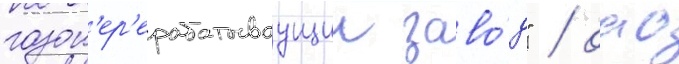
газоп'ер'ерабатываущии заво́д" / оао